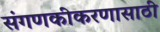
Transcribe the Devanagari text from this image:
संगणकीकरणासाठी